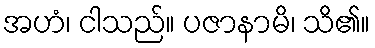
အဟံ၊ ငါသည်။ ပဇာနာမိ၊ သိ၏။